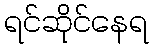
ရင်ဆိုင်နေရ